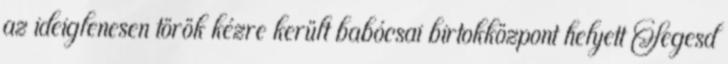
az ideiglenesen török kézre került babócsai birtokközpont helyett Segesd